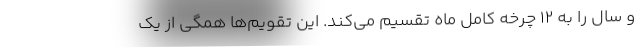
و سال را به ۱۲ چرخهٔ کامل ماه تقسیم می‌کند. این تقویم‌ها همگی از یک